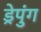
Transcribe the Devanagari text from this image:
ड्रेपुंग